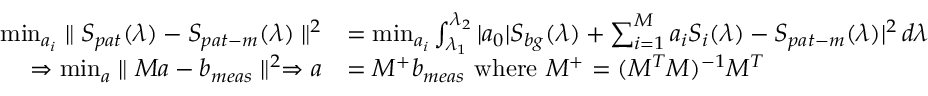
\begin{array} { r l } { \operatorname* { m i n } _ { a _ { i } } \parallel S _ { p a t } ( \lambda ) - S _ { p a t - m } ( \lambda ) \parallel ^ { 2 } } & { = \operatorname* { m i n } _ { a _ { i } } \int _ { \lambda _ { 1 } } ^ { \lambda _ { 2 } } | a _ { 0 } | S _ { b g } ( \lambda ) + \sum _ { i = 1 } ^ { M } a _ { i } S _ { i } ( \lambda ) - S _ { p a t - m } ( \lambda ) | ^ { 2 } \, d \lambda } \\ { \Rightarrow \operatorname* { m i n } _ { a } \parallel M a - b _ { m e a s } \parallel ^ { 2 } \Rightarrow a } & { = M ^ { + } b _ { m e a s } \mathrm { ~ w h e r e ~ } M ^ { + } = ( M ^ { T } M ) ^ { - 1 } M ^ { T } } \end{array}